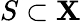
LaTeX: S\subset\mathbf{X}